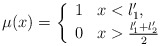
\begin{align*}\mu (x) =\left\{ \begin{array}{ll}1& x<l_1',\\0& x>\frac{l_1'+l_2'}{2}\end{array}\right. \end{align*}